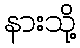
နားသို့